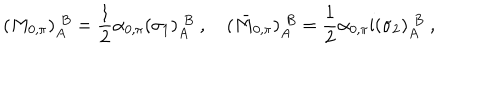
LaTeX: ( M _ { 0 , \pi } ) _ { A } ^ { \; B } = \frac { 1 } { 2 } \alpha _ { 0 , \pi } ( \sigma _ { 1 } ) _ { A } ^ { \; B } \ , \quad ( \bar { M } _ { 0 , \pi } ) _ { A } ^ { \; B } = \frac { 1 } { 2 } \alpha _ { 0 , \pi } \mathrm { i } ( \sigma _ { 2 } ) _ { A } ^ { \; B } \ ,